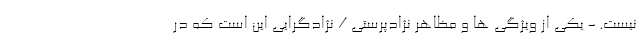
نیست. - یکی از ویژگی ها و مظاهر نژادپرستی / نژادگرایی این است که در